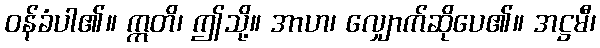
ဝန်ခံပါ၏။ ဣတိ၊ ဤသို့။ အာဟ၊ လျှောက်ဆိုပေ၏။ အဋ္ဌမီ၊